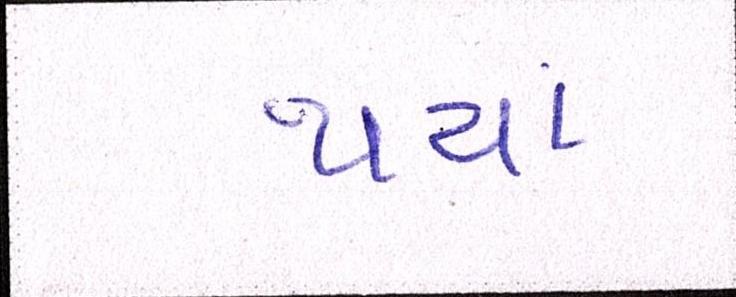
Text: થયાં